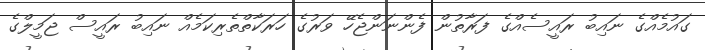
ގައުމެއްގެ ނައިބު ރައީސެއްގެ ފަރާތުން ފެންނަންޖެހޭ ވަރުގެ ހަރަކާތްތެރިކަމެއް ނައިބު ރައީސް ޖަމީލްގެ